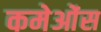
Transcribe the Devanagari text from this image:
कमेओंस